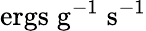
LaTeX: \mathrm{ergs\; g^{-1}\; s^{-1}}